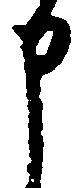
申